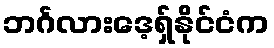
ဘင်္ဂလားဒေ့ရှ်နိုင်ငံက